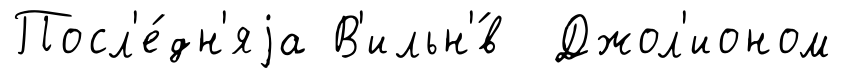
Посл'е́дн'яjа В'ильн'́в Джол'ионом